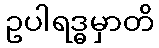
ဥပါရဒ္ဓမှာတိ